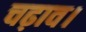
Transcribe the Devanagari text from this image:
चढ़ाव।